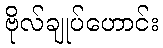
ဗိုလ်ချုပ်ဟောင်း